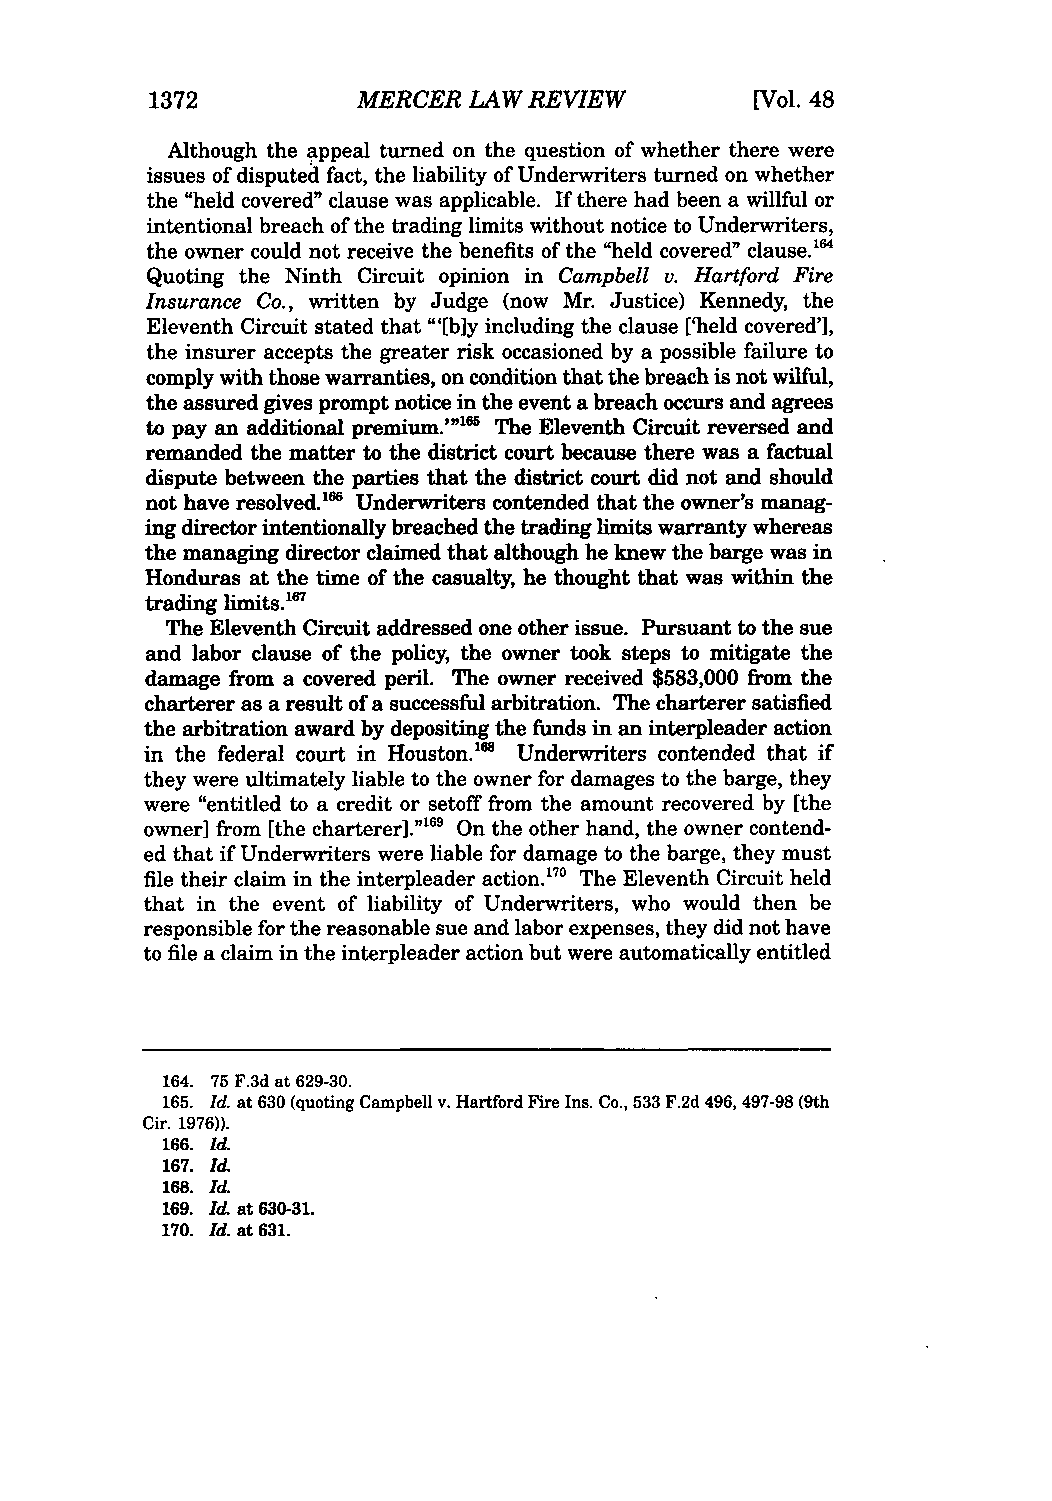
1372          MERCER LAW REVIEW         [Vol. 48
 Although the appeal turned on the question of whether there were
 issues of disputed fact, the liability of Underwriters turned on whether
 the "held covered" clause was applicable. If there had been a willful or
 intentional breach of the trading limits without notice to Underwriters,
 the owner could not receive the benefits of the "held covered" clause.'"
 Quoting the Ninth Circuit opinion in Campbell v. Hartford Fire
 Insurance Co., written by Judge (now Mr. Justice) Kennedy, the
 Eleventh Circuit stated that "'[bly including the clause ['held covered'],
 the insurer accepts the greater risk occasioned by a possible failure to
 comply with those warranties, on condition that the breach is not wilful,
 the assured gives prompt notice in the event a breach occurs and agrees
 to pay an additional premium.'"" The Eleventh Circuit reversed and
 remanded the matter to the district court because there was a factual
 dispute between the parties that the district court did not and should
 not have resolved.1 Underwriters contended that the owner's manag-
 ing director intentionally breached the trading limits warranty whereas
 the managing director claimed that although he knew the barge was in
 Honduras at the time of the casualty, he thought that was within the
 7
 trading limits.16
 The Eleventh Circuit addressed one other issue. Pursuant to the sue
 and labor clause of the policy, the owner took steps to mitigate the
 damage from a covered peril. The owner received $583,000 from the
 charterer as a result of a successful arbitration. The charterer satisfied
 the arbitration award by depositing the funds in an interpleader action
 in the federal court in Houston." Underwriters contended that if
 they were ultimately liable to the owner for damages to the barge, they
 were "entitled to a credit or setoff from the amount recovered by [the
 owner] from [the charterer.""6 On the other hand, the owner contend-
 ed that if Underwriters were liable for damage to the barge, they must
 fie their claim in the interpleader action. 170 The Eleventh Circuit held
 that in the event of liability of Underwriters, who would then be
 responsible for the reasonable sue and labor expenses, they did not have
 to file a claim in the interpleader action but were automatically entitled
 164. 75 F.3d at 629-30.
 165. Id. at 630 (quoting Campbell v. Hartford Fire Ins. Co., 533 F.2d 496, 497-98 (9th
 Cir. 1976)).
 166. Id.
 167. Id
 168. Id.
 169. Id at 630-31.
 170. Id. at 631.